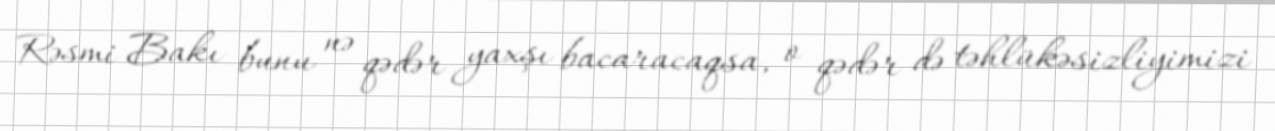
Rəsmi Bakı bunu nə qədər yaxşı bacaracaqsa, o qədər də təhlükəsizliyimizi